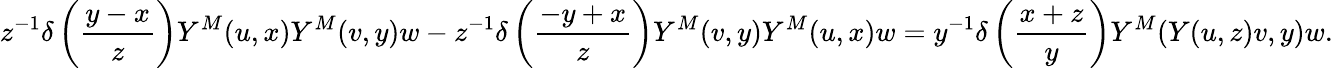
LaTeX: z^{-1}\delta\left({\frac{y-x}{z}}\right)Y^{M}(u,x)Y^{M}(v,y)w-z^{-1}\delta\left({\frac{-y+x}{z}}\right)Y^{M}(v,y)Y^{M}(u,x)w=y^{-1}\delta\left({\frac{x+z}{y}}\right)Y^{M}(Y(u,z)v,y)w.